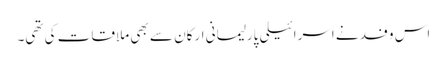
اس وفد نے اسرائیلی پارلیمانی ارکان سے بھی ملاقات کی تھی۔